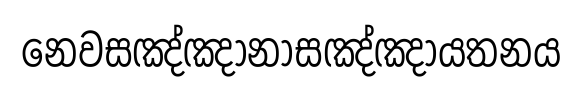
නෙවසඤ්ඤානාසඤ්ඤායතනය